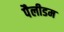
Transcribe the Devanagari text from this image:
पैलीडम